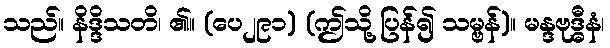
သည်။ နိဒ္ဒိသတိ၊ ၏။ (ပေ၂၉၁) (ဤသို့ ပြန်၍ သမ္ဗန်)။ မန္ဒဗုဒ္ဓီနံ၊